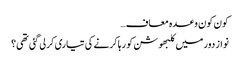
کون کون وعدہ معاف…
نواز دور میں کلبھوشن کو رہا کرنے کی تیاری کرلی گئی تھی؟